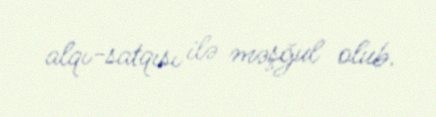
alqı-satqısı ilə məşğul olub.